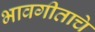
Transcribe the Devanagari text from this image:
भावगीताचे